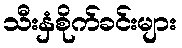
သီးနှံစိုက်ခင်းများ